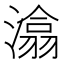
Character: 潝